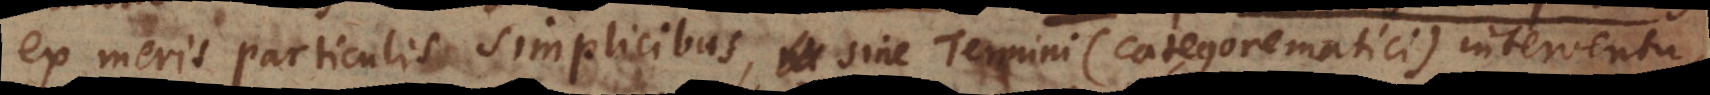
ex meris particulis simplicibus, sine Termini (categorematici) interventu,